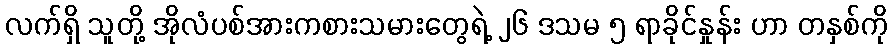
လက်ရှိ သူတို့ အိုလံပစ်အားကစားသမားတွေရဲ့ ၂၆ ဒသမ ၅ ရာခိုင်နှုန်း ဟာ တနှစ်ကို